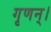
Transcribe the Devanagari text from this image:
गृणन्।